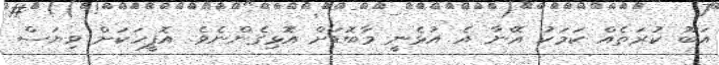
އަބޫ ކުރަތެއް ކަމަކު އޭނާ އެ އުޅެނީ މާބޮޑަށް އޮޅިގެންނެވެ. އޮފީހަކަށް ވިޔަސް